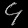
Digit: ၄